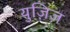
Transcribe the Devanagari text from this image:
युज़िज़